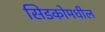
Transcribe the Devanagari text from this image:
सिडकोमधील